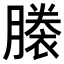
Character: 𧜜